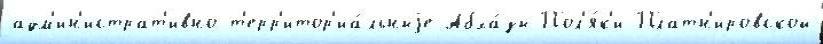
адм'ин'истрат'ивно-т'ерр'итор'иа́льныjе Абха́зы Пол'я́к'и Платн'ировской